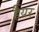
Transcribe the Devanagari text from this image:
हैयर